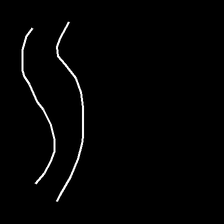
Glyph: float